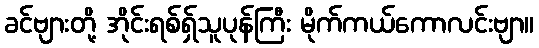
ခင်ဗျားတို့ အိုင်းရစ်ရှ်သူပုန်ကြီး မိုက်ကယ်ကောလင်းဗျာ။